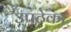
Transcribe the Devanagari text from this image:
उपठेका